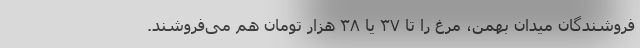
فروشندگان میدان بهمن، مرغ را تا ۳۷ یا ۳۸ هزار تومان هم می‌فروشند.